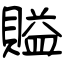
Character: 賹